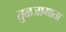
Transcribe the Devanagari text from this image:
तुळजामाता